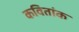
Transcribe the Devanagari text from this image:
कवितांक